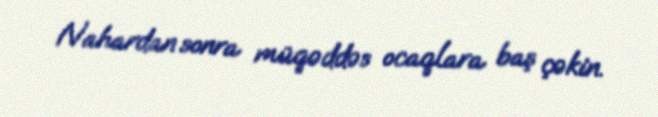
Nahardan sonra müqəddəs ocaqlara baş çəkin.